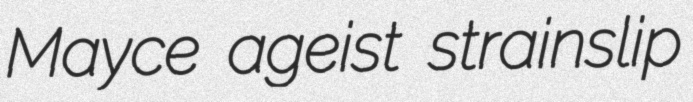
Mayce ageist strainslip